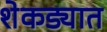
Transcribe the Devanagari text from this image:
शेकड्यात